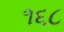
૧૬૮